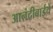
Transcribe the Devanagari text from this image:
आनंदीबाईचे